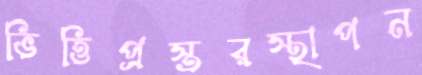
ভিত্তিপ্রস্তরস্থাপন